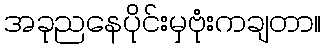
အခုညနေပိုင်းမှဗုံးကချတာ။